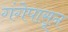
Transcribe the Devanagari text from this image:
गंगेपासून